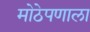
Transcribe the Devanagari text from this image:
मोठेपणाला